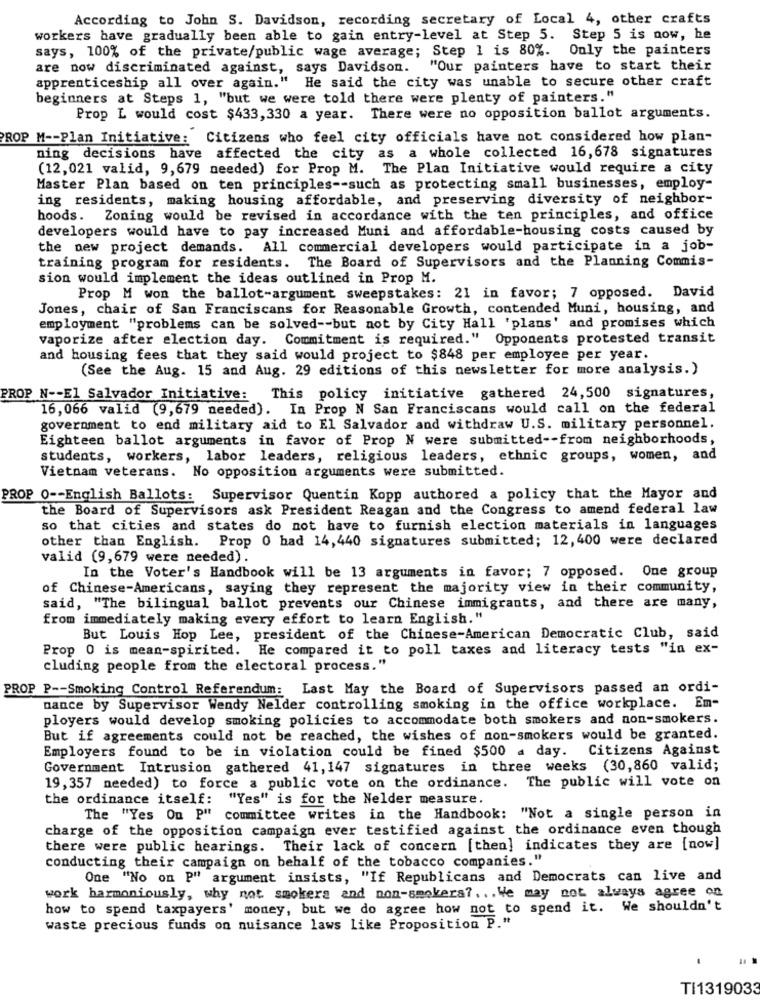
According to John S. Davidson, recording secretary of Local 4, other crafts
workers have gradually been able to gain entry-level at Step 5. Step 5 is now, he
says, 100% of the private/public wage average; Step 1 is 80%. Only the painters
are now discriminated against, says Davidson. "Our painters have to start their
apprenticeship all over again." He said the city was unable to secure other craft
beginners at Steps 1, "but we were told there were plenty of painters."
Prop L would cost $433,330 a year. There were no opposition ballot arguments.
PROP M -- Plan Initiative: Citizens who feel city officials have not considered how plan-
ning decisions have affected the city as a whole collected 16,678 signatures
(12,021 valid, 9,679 needed) for Prop M. The Plan Initiative would require a city
Master Plan based on ten principles -- such as protecting small businesses, employ-
ing residents, making housing affordable, and preserving diversity of neighbor-
hoods. Zoning would be revised in accordance with the ten principles, and office
developers would have to pay increased Muni and affordable-housing costs caused by
the new project demands. All commercial developers would participate in a job-
training program for residents. The Board of Supervisors and the Planning Commis-
sion would implement the ideas outlined in Prop M.
Prop M won the ballot-argument sweepstakes: 21 in favor; 7 opposed. David
Jones, chair of San Franciscans for Reasonable Growth, contended Muni, housing, and
employment "problems can be solved -- but not by City Hall 'plans' and promises which
vaporize after election day. Commitment is required." Opponents protested transit
and housing fees that they said would project to $848 per employee per year.
(See the Aug. 15 and Aug. 29 editions of this newsletter for more analysis.)
PROP N -- El Salvador Initiative: This policy initiative gathered 24,500 signatures,
16,066 valid (9,679 needed). In Prop N San Franciscans would call on the federal
government to end military aid to El Salvador and withdraw U.S. military personnel.
Eighteen ballot arguments in favor of Prop N were submitted -- from neighborhoods,
students, workers, labor leaders, religious leaders, ethnic groups, women, and
Vietnam veterans. No opposition arguments were submitted.
PROP 0 -- English Ballots: Supervisor Quentin Kopp authored a policy that the Mayor and
the Board of Supervisors ask President Reagan and the Congress to amend federal law
so that cities and states do not have to furnish election materials in languages
other than English. Prop 0 had 14, 440 signatures submitted; 12, 400 were declared
valid (9,679 were needed).
In the Voter's Handbook will be 13 arguments in favor; 7 opposed. One group
of Chinese-Americans, saying they represent the majority view in their community,
said, "The bilingual ballot prevents our Chinese immigrants, and there are many,
from immediately making every effort to learn English."
But Louis Hop Lee, president of the Chinese-American Democratic Club, said
Prop 0 is mean-spirited. He compared it to poll taxes and literacy tests "in ex-
cluding people from the electoral process."
PROP P -- Smoking Control Referendum: Last May the Board of Supervisors passed an ordi-
nance by Supervisor Wendy Nelder controlling smoking in the office workplace. Em-
ployers would develop smoking policies to accommodate both smokers and non-smokers.
But if agreements could not be reached, the wishes of non-smokers would be granted.
Employers found to be in violation could be fined $500 a day. Citizens Against
Government Intrusion gathered 41, 147 signatures in three weeks (30,860 valid;
19,357 needed) to force a public vote on the ordinance. The public will vote on
the ordinance itself: "Yes" is for the Nelder measure.
The "Yes On P" committee writes in the Handbook: "Not a single person in
charge of the opposition campaign ever testified against the ordinance even though
there were public hearings. Their lack of concern [then] indicates they are [now]
conducting their campaign on behalf of the tobacco companies."
One "No on P" argument insists, "If Republicans and Democrats can live and
work harmoniously, why not smokers and non-smokers ?... We may not always agree on
how to spend taxpayers' money, but we do agree how not to spend it. We shouldn't
waste precious funds on nuisance laws like Proposition P."
TI1319033